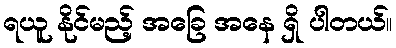
ရယူ နိုင်မည့် အခြေ အနေ ရှိ ပါတယ်။